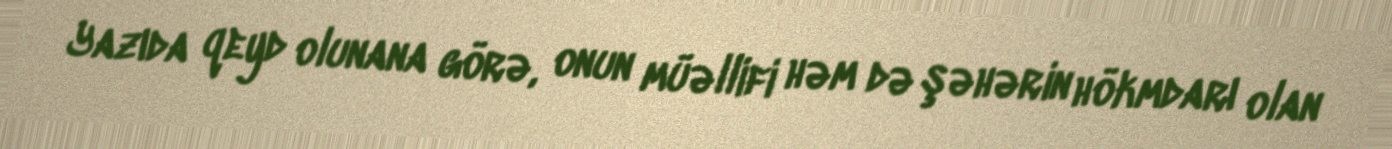
Yazıda qeyd olunana görə, onun müəllifi həm də şəhərin hökmdarı olan